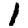
Digit: 1